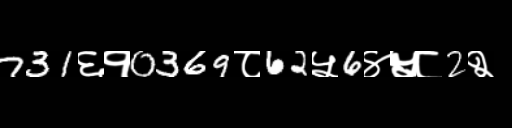
Text: 731६१0369८62५6४५८2२